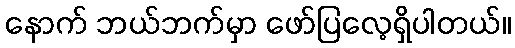
နောက် ဘယ်ဘက်မှာ ဖော်ပြလေ့ရှိပါတယ်။